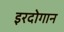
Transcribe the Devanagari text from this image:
इरदोगान